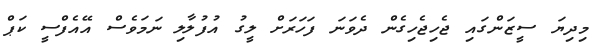
މިދިޔަ ސީޒަންގައި ޖެހިޖެހިގެން ދެވަނަ ފަހަރަށް ލީގު އުފުލާލި ނަމަވެސް އޭއެފްސީ ކަޕް